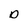
Character: D